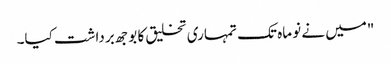
"میں نے نو ماہ تک تمہاری تخلیق کا بوجھ برداشت کیا۔